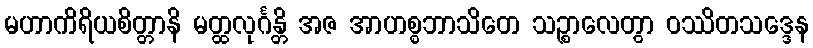
မဟာကိရိယစိတ္တာနိ မတ္ထလုင်္ဂန္တိ အဇ အာဟစ္စဘာသိတေ သဉ္စာလေတွာ ဝဿိတသဒ္ဒေန